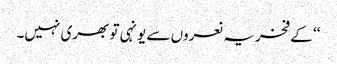
‘‘ کے فخریہ نعروں سے یونہی تو بھری نہیں۔